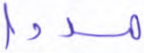
مددا